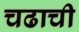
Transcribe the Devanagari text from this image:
चढाची